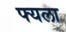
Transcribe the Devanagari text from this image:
फ्यला